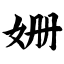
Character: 姗